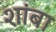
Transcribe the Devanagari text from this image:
शांबा